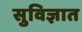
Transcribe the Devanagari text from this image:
सुविज्ञात